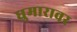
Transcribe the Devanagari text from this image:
घुमारावर